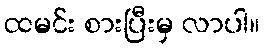
ထမင်း စားပြီးမှ လာပါ။